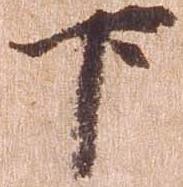
下